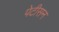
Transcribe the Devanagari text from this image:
पेटीसन